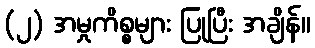
(၂) အမှုကိစ္စများ ပြုပြီး အချိန်။